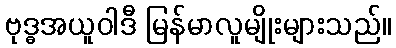
ဗုဒ္ဓအယူဝါဒီ မြန်မာလူမျိုးများသည်။